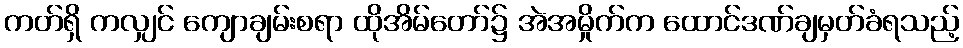
ကတ်ရှိ ကလျှင် ကျောချမ်းစရာ ထိုအိမ်တော်၌ အဲအမှိုက်က ထောင်ဒဏ်ချမှတ်ခံရသည့်